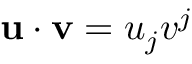
\mathbf { u } \cdot \mathbf { v } = u _ { j } v ^ { j }